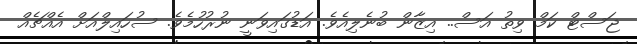
ޖަސްޓް ކަމް ވިތު އަސް.. އިޒާން ބުނެލިއެވެ. އަޑުގައިވަނީ ނުރުހުމެވެ. ސުހައިލްއަށް އެއްޗެއް